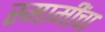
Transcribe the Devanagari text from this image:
स्मामींचा